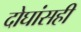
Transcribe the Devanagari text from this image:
दोघांसही